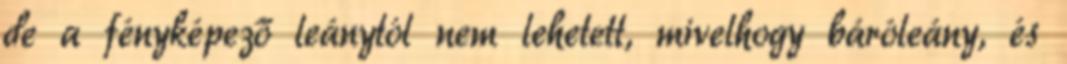
de a fényképező leánytól nem lehetett, mivelhogy báróleány, és